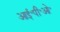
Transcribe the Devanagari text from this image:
आई॰पी॰ओ॰